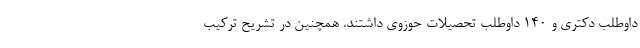
داوطلب دکتری و ۱۴۰ داوطلب تحصیلات حوزوی داشتند. همچنین در تشریح ترکیب